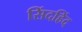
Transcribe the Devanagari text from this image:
सिंदहिंद